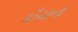
કૌચાના